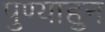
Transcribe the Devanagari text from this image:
पुण्याहुन